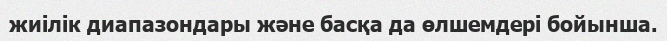
жиілік диапазондары және басқа да өлшемдері бойынша.